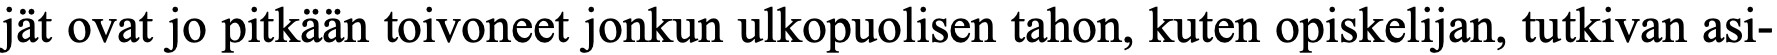
jät ovat jo pitkään toivoneet jonkun ulkopuolisen tahon, kuten opiskelijan, tutkivan asi-